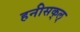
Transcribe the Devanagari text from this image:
हनीसक्‌ल्‌